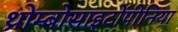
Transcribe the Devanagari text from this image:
थ्रोम्बोसाइटोंपीनिया